Vaccination in Bombay 1902-1912 - 1902-1912
Year: 1902
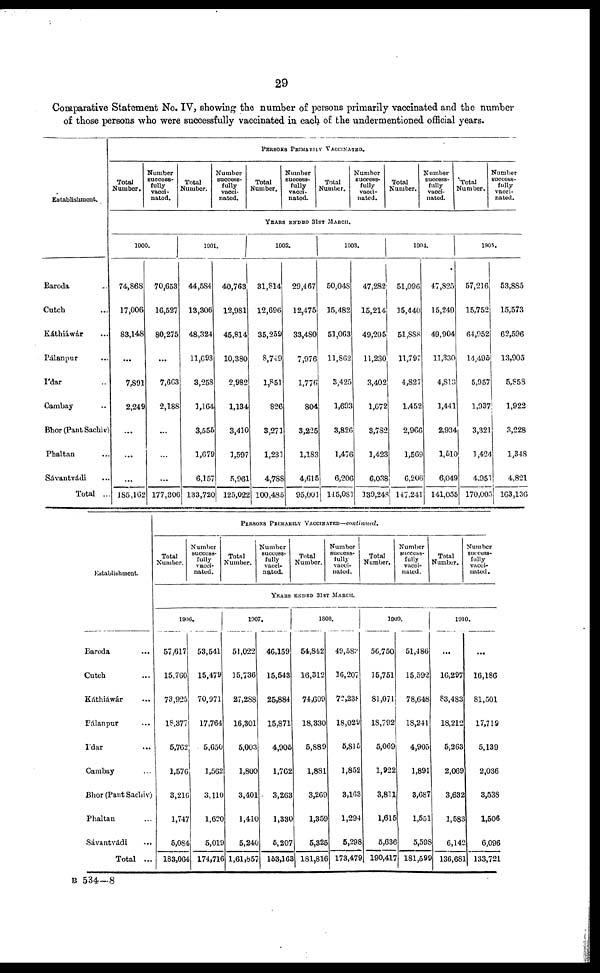
29
Comparative Statement No. IV, showing the number of persons primarily vaccinated and the number
of those persons who were successfully vaccinated in each of the undermentioned official years.
Establishment.
Baroda ...
Catch ...
Káthiáwár ...
Pálanpur ...
I'dar ...
Cambay ..
Bhor(Pant Sachiv)
Phaltan ...
Sávantvádi ...
Total ...
PERSONS PRIMARILY VACCINATED.
Total
Number.
Number
success-
fully
vacci¬
nated.
Total
Number.
Number
success-
fully
vacci-
nated.
Total
Number.
Number
success-
fully
vacci-
nated.
Total
Number.
Number
success-
fully
vacci-
nated.
Total
Number.
Number
success-
fully
vacci-
nated.
Total
Number.
Number
success-
fully
vacci-
nated.
YEARS ENDED 31ST MARCH.
1900.
74,868
17,006
83,148
...
7,891
2,249
...
...
...
185,162
70,653
16,527
80,275
...
7,663
2,188
...
...
...
177,306
1901.
44,584
13,306
48,324
11,693
3,258
1,164
3,555
1,679
6,157
133,720
40,763
12,981
45,814
10,380
2,982
1,134
3,410
1,597
5,961
125,022
1902.
31,814
12,696
35,259
8,749
1,851
826
3,271
1,231
4,788
100,485
29,467
12,475
33,480
7,976
1,776
804
3,225
1,183
4,615
95,001
1903.
50,048
15,482
51,063
11,862
3,425
1,693
3,826
1,476
6,206
115,081
47,282
15,214
49,205
11,230
3,402
1,672
3,782
1,423
6,038
139,248
1904.
51,096
15,440
51,888
11,797
4,827
1,452
2,966
1,569
6,206
147,241
47,825
15,249
49,904
11,330
4,813
1,441
2,934
1,510
6,049
141,035
1905.
57,216
15,752
64,952
14,495
5,957
1,937
3,321
1,424
4,951
170,005
53,885
15,573
62,596
13,905
5,858
1,922
3,228
1,348
4,821
163,136
Establishment.
Baroda ...
Cutch ...
Káthiáwár ...
Pálanpur ...
I'dar ...
Cambay ...
Bhor (Pant Sachiv)
Phaltan ...
Sávantvádi ...
Total ...
PERSONS PRIMARILY VACCINATED—continued.
Total
Number.
Number
success-
fully
vacci-
nated.
Total
Number.
Number
success-
fully
vacci-
nated.
Total
Number.
Number
success¬
fully
vacci¬
nated.
Total
Number.
Number
success¬
fully
vacci-
nated.
Total
Number.
Number
success-
fully
vacci-
nated .
YEARS ENDED 31ST MARCH.
1906.
57,617
15,760
73,925
18,377
5,762
1,576
3,216
1,747
5,084
183,064
53,541
15,479
70,971
17,764
5,650
1,562
3,110
1,620
5,019
174,716
1907.
51,022
15,736
27,288
16,301
5,003
1,800
3,401
1,410
5,240
1,61,857
46,159
15,543
25,884
15,871
4,905
1,762
3,263
1,330
5,207
153,163
1808.
54,842
16,312
74,609
18,330
5,889
1,881
3,269
1,359
5,325
181,816
49,582
16,207
72,238
18,029
5,815
1,852
3,163
1,294
5,298
173,479
1909.
56,750
15,751
81,071
18,792
5,069
1,922
3,811
1,615
5,636
190,417
51,486
15,592
78,648
18,241
4,905
1,891
3,687
1,551
5,598
181,599
1910.
...
16,297
83,483
18,212
5,263
2,069
3,632
1,583
6,142
136,681
...
16,186
81,501
17,719
5,139
2,036
3,538
1,506
6,096
133,721
B 534—8